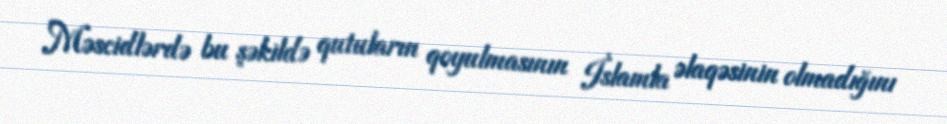
Məscidlərdə bu şəkildə qutuların qoyulmasının İslamla əlaqəsinin olmadığını